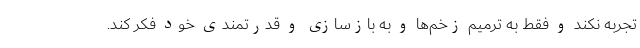
تجربه نکند و فقط به ترمیم زخم‌ها و به بازسازی و قدرتمندی خود فکر کند.